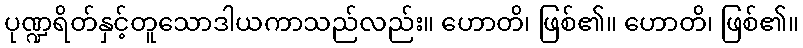
ပုဏ္ဍရိတ်နှင့်တူသောဒါယကာသည်လည်း။ ဟောတိ၊ ဖြစ်၏။ ဟောတိ၊ ဖြစ်၏။